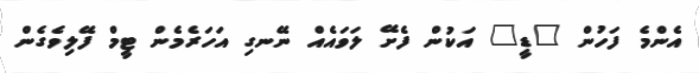
އެންމެ ފަހުން "ޑީ" އަކުން ފެށޭ ލަވައެއް ނޭނގި އަހަރެމެން ޓީމް ފޭލިވެގެން